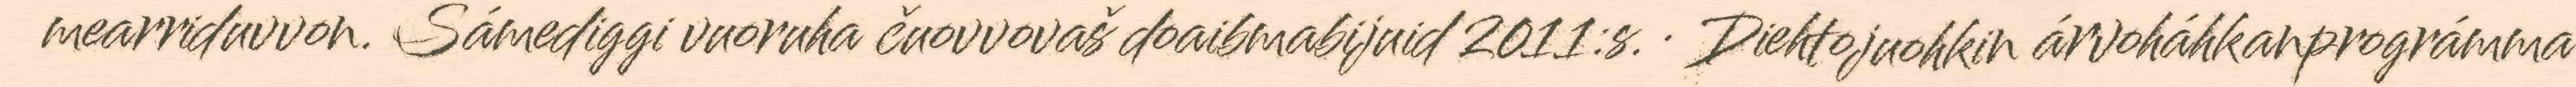
mearriduvvon. Sámediggi vuoruha čuovvovaš doaibmabijuid 2011:s. · Diehtojuohkin árvoháhkanprográmma